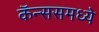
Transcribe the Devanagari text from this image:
कॅन्ससमध्ये